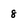
Character: 8